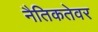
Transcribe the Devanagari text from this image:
नैतिकतेवर